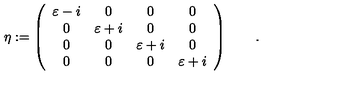
\eta : = \left( \begin{array} { c c c c } { \varepsilon - i } & { 0 } & { 0 } & { 0 } \\ { 0 } & { \varepsilon + i } & { 0 } & { 0 } \\ { 0 } & { 0 } & { \varepsilon + i } & { 0 } \\ { 0 } & { 0 } & { 0 } & { \varepsilon + i } \\ \end{array} \right) \qquad .